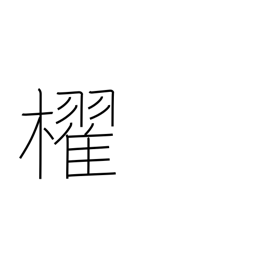
Meaning: paddle